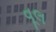
વૂલ